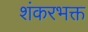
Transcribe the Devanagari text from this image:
शंकरभक्त